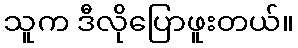
သူက ဒီလိုပြောဖူးတယ်။